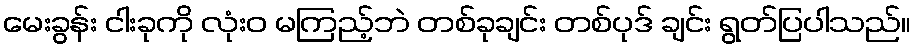
မေးခွန်း ငါးခုကို လုံးဝ မကြည့်ဘဲ တစ်ခုချင်း တစ်ပုဒ် ချင်း ရွတ်ပြပါသည်။